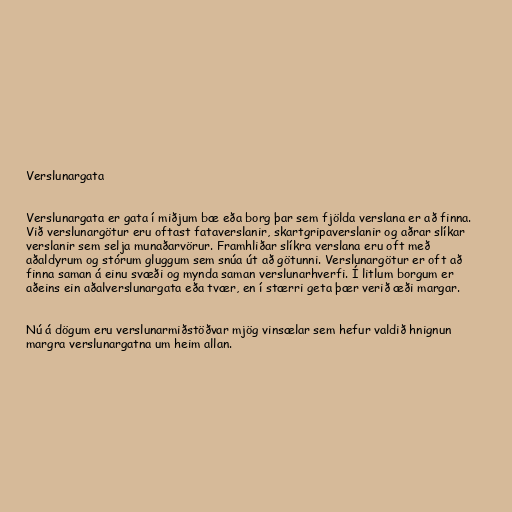
Verslunargata

Verslunargata er gata í miðjum bæ eða borg þar sem fjölda verslana er að finna.
Við verslunargötur eru oftast fataverslanir, skartgripaverslanir og aðrar slíkar
verslanir sem selja munaðarvörur. Framhliðar slíkra verslana eru oft með
aðaldyrum og stórum gluggum sem snúa út að götunni. Verslunargötur er oft að
finna saman á einu svæði og mynda saman verslunarhverfi. Í litlum borgum er
aðeins ein aðalverslunargata eða tvær, en í stærri geta þær verið æði margar.

Nú á dögum eru verslunarmiðstöðvar mjög vinsælar sem hefur valdið hnignun
margra verslunargatna um heim allan.